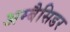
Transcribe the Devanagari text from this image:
अम्बैसिडर